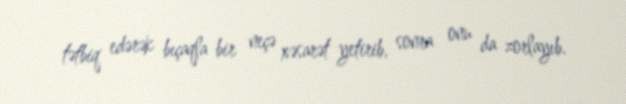
tətbiq edərək bıçaqla bir neçə xəsarət yetirib, sonra onu da zorlayıb.